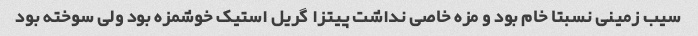
سیب زمینی نسبتا خام بود و مزه خاصی نداشت پیتزا گریل استیک خوشمزه بود ولی سوخته بود